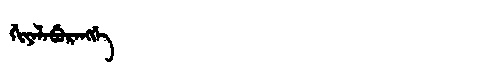
Manchu: ᡤᡳᠶᠠᠯᠠᠪᡠᡵᠠᠩᡤᡝ
Romanization: GIYALABURANGGE